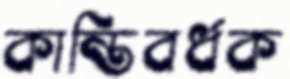
কান্তিবর্ধক